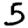
Digit: 5